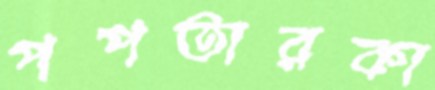
পপতারকা